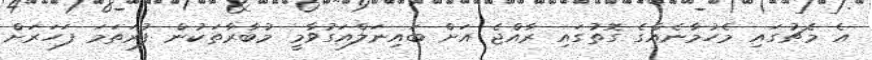
އެ މެޗުގައި މެހުމާނެއްގެ ގޮތުގައި ރާއްޖެ އަށް ބައިނަލްއަގުވާމީ މުބާރާތަކުން ފުރަތަމަ ފަހަރަށް